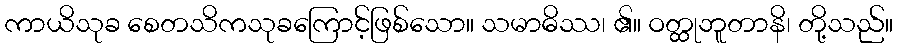
ကာယိသုခ စေတသိကသုခကြောင့်ဖြစ်သော။ သမာဓိဿ၊ ၏။ ဝတ္ထုဘူတာနိ၊ တို့သည်။